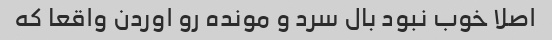
اصلا خوب نبود بال سرد و مونده رو اوردن واقعا که